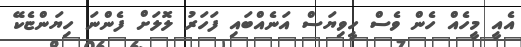
އެއީ މީހެއް ހެން ވެސް ހީވިޔަސް އަނެއްބައި ފަހަރު ލޮލަށް ފެންނަ ހިޔަންޏެކޭ